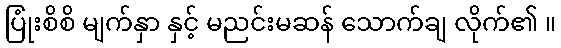
ပြုံးစိစိ မျက်နှာ နှင့် မညင်းမဆန် သောက်ချ လိုက်၏ ။